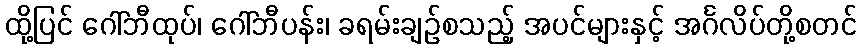
ထို့ပြင် ဂေါ်ဘီထုပ်၊ ဂေါ်ဘီပန်း၊ ခရမ်းချဉ်စသည့် အပင်များနှင့် အင်္ဂလိပ်တို့စတင်